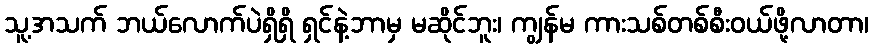
သူ့အသက် ဘယ်လောက်ပဲရှိရှိ ရှင်နဲ့ဘာမှ မဆိုင်ဘူး၊ ကျွန်မ ကားသစ်တစ်စီးဝယ်ဖို့လာတာ၊